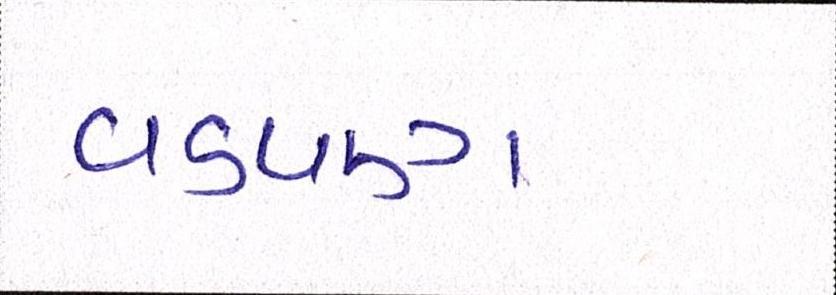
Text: વડપણ